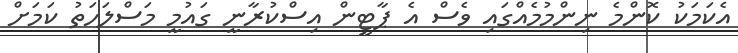
އެކަމަކު ކޮންމެ ނިންމުމެއްގައި ވެސް އެ ޕާޓީން އިސްކުރާނީ ގައުމީ މަސްލަހަތު ކަމަށް